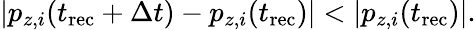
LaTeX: |p_{z,i}(t_{\mathrm{rec}}+\Delta t)-p_{z,i}(t_{\mathrm{rec}})|<|p_{z,i}(t_{\mathrm{rec}})|.